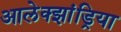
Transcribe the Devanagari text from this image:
आलेक्झांड्रिया